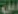
س